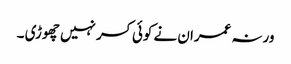
ورنہ عمران نے کوئی کسر نہیں چھوڑی ۔